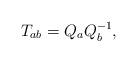
LaTeX: \begin{gather*}T_{ab}=Q_{a}Q_{b}^{-1},\end{gather*}